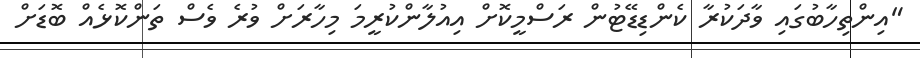
"އިންތިހާބުގައި ވާދަކުރާ ކެންޑިޑޭޓުން ރަސްމީކޮށް އިއުލާންކުރީމަ މިހާރަށް ވުރެ ވެސް ތަންކޮޅެއް ބޮޑަށް